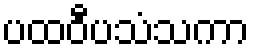
ပထဝီပသံသကာ